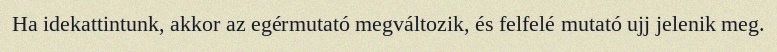
Ha idekattintunk, akkor az egérmutató megváltozik, és felfelé mutató ujj jelenik meg.